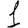
Digit: 1